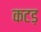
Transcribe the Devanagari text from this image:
कटड़